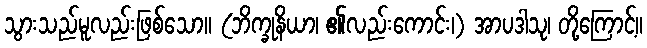
သွားသည်မူလည်းဖြစ်သော။ (ဘိက္ခုနိယာ၊ ၏လည်းကောင်း၊) အာပဒါသု၊ တို့ကြောင့်။